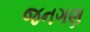
જનગણ